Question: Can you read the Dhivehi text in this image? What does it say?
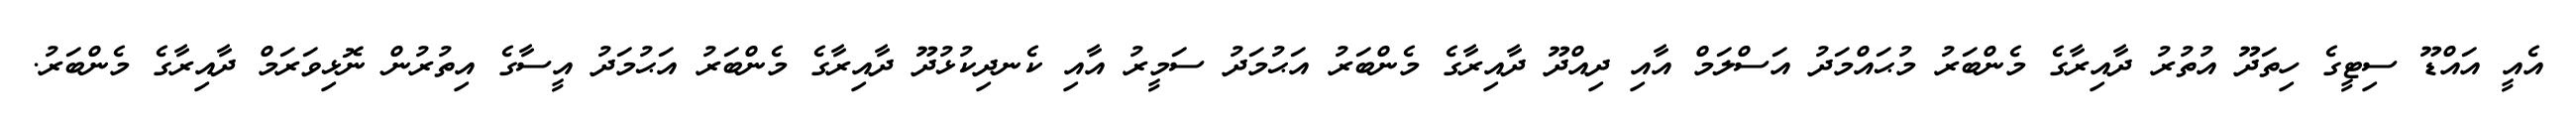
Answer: އެއީ އައްޑޫ ސިޓީގެ ހިތަދޫ އުތުރު ދާއިރާގެ މެންބަރު މުޙައްމަދު އަސްލަމް އާއި ދިއްދޫ ދާއިރާގެ މެންބަރު އަޙުމަދު ސަމީރު އާއި ކެނދިކުޅުދޫ ދާއިރާގެ މެންބަރު އަޙުމަދު އީސާގެ އިތުރުން ނޮޅިވަރަމް ދާއިރާގެ މެންބަރު.